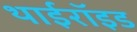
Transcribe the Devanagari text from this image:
थाईरॉइड